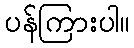
ပန်ကြားပါ။